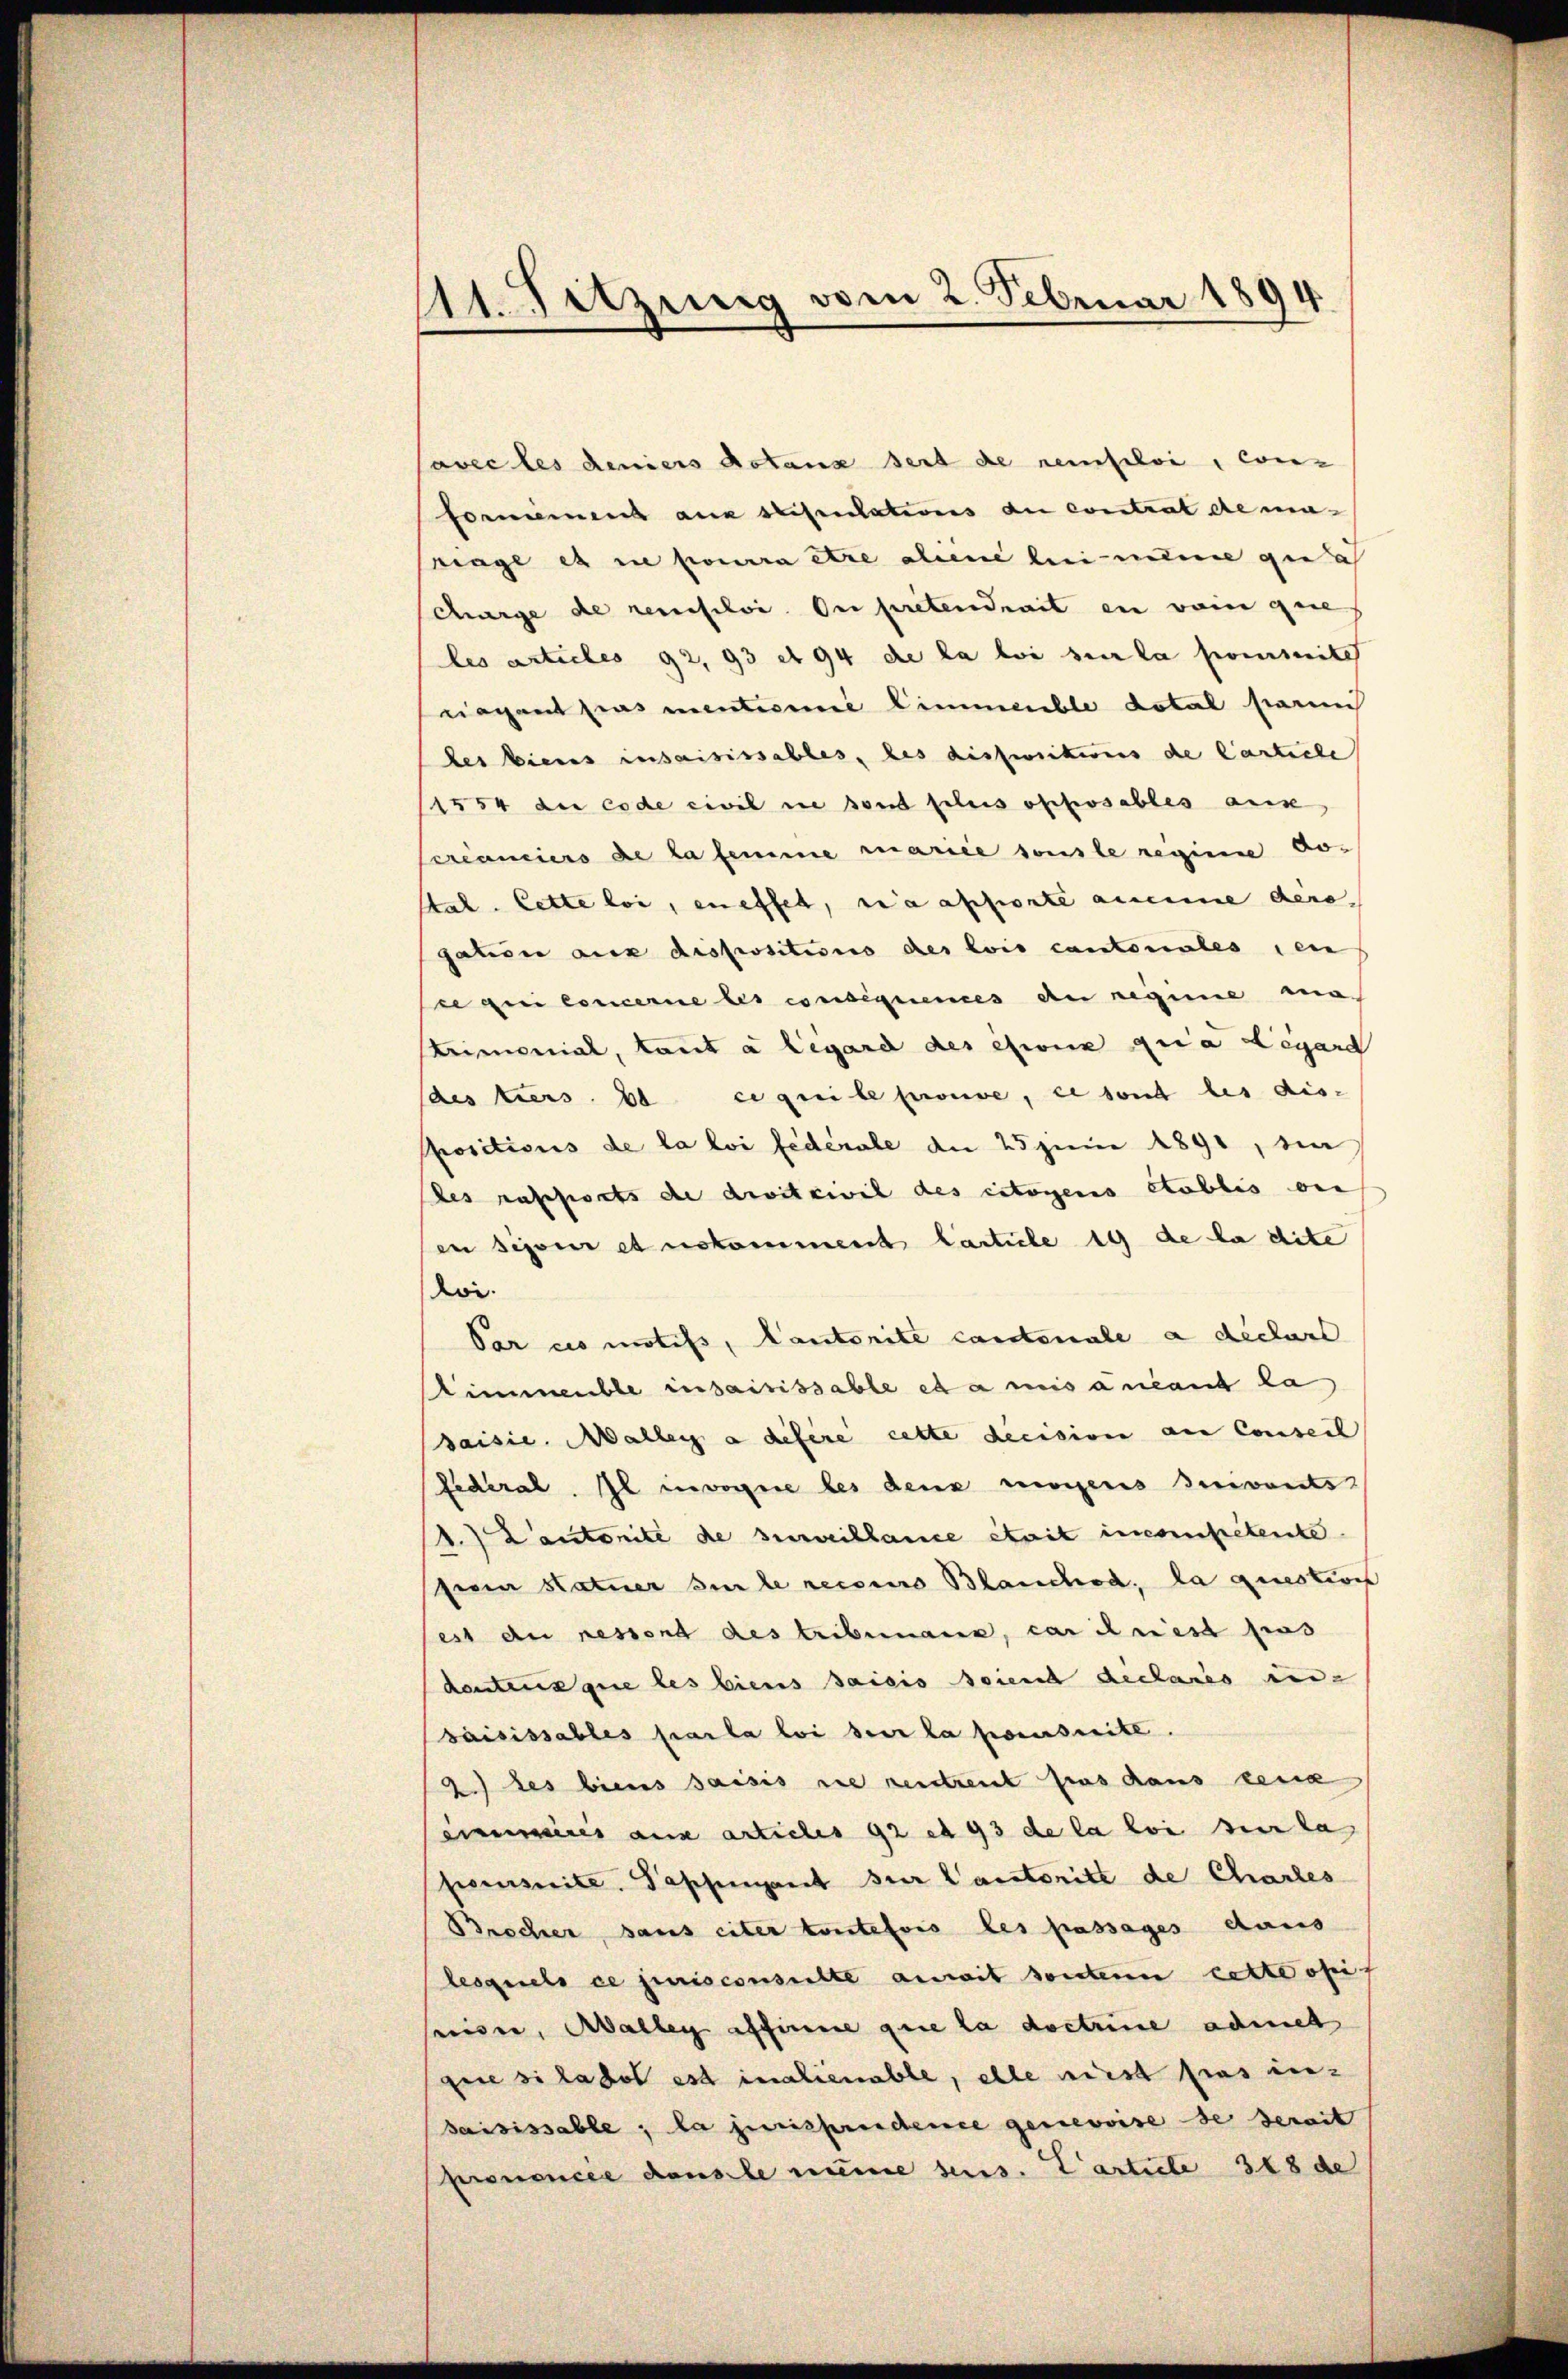
111. Sitzung vom 2. Februar 1894

Cavec les deniers dotanz seit de reifelvi, con-
formens aux stipulations de contrat de maiage es in pourra être aliene bei meine gu a
charge de renfelsi. On pretendrait en vom geres
les articles 92, 93 et 94 de la loi sur la sommitt
rigant pas mentiere Limmeuble Lotal saum
des biens insaisissables, des dispositionis de Carticle
(1354 die code civil die sond fels ofhosables aus
créanciers de la femme mariée sonste reginne do-
Stat. Cette loi, eneffet, sia apporte aneine dere,
gation aus dispositions des lois cantonales den
ce qui concerne les consequences an regime ma
Primonial, tant a legard des eine quia Legard
(des tiers. 10 ce qui le prouve, es sont les dis-
Positions de la loi fédérale an 25 Juni 1890, die
des russierts de divitcivil des citoyens etablis ver
en Sipour et nekomment Carticle 19 de la dite
koi.
Par ces motifs, Cantorite cantonale a déclare
Himmeuble in saisissable et a mis ancant la
saisie. Wallen a defere cette decision an Conseil
Federal. Il invorgen des den morgens suivants
1.) Cantonite de surveillance était incompetente
serin Hatner sur le recours Blanches, la question
est du ressend des tribunaus, car driest pas
dentens que les biens saisis seiend declares un-
saisissables parla loi sur la poursuite.
2.) des biens saisis sie vertrent pas daus gena
Ceres aux articles 92 et 93 de la loi sur la
somite. Passenant zur Cantoritt de Chartes
Brecher, sans eiter toutefois les passages daus
lesquels ce jurisconsulte anweit sonten cette off
eeiser, Adalben affinne que la doctrine admet
gere si la dot est inalienable, elle wirst pros in-
saisissable; la jurisprechence genevoise de serait
prononcée dans le meine sens. Particle 318 de